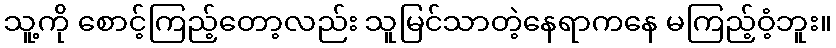
သူ့ကို စောင့်ကြည့်တော့လည်း သူမြင်သာတဲ့နေရာကနေ မကြည့်ဝံ့ဘူး။